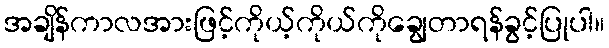
အချိန်ကာလအားဖြင့်ကိုယ့်ကိုယ်ကိုချွေတာရန်ခွင့်ပြုပါ။